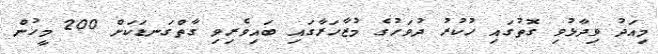
މިއަދު ވިދާޅުވި ގޮތުގައި ހުކުރު ދުވަހުގެ މުޒާހަރާގައި ބައިވެރިވި ގާތްގަނޑަކަށް 200 މީހުން